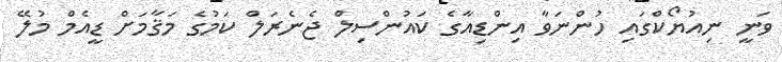
ވަނީ ނިއުޔޯކްގައި ހުންނަވާ އިންޑިއާގެ ކައުންސިލް ޖެނެރަލް ކަމުގެ މަޤާމަށް ޑީއެމް މުލޭ